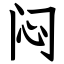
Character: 闷